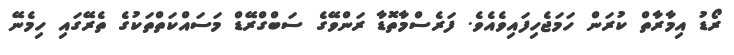
ރޯޑު އިމާރާތް ކުރަން ހަމަޖެހިފައިވެއެވެ. ފަރެސްމާތޮޑާ ރަންވޭގެ ސަބްގްރޭޑް މަސައްކަތްތަކުގެ ތެރޭގައި ހިމެނޭ